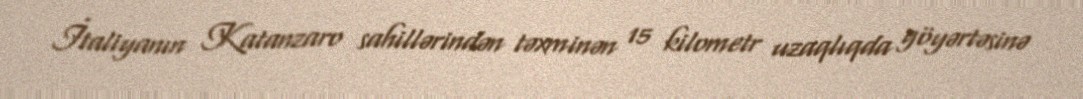
İtaliyanın Katanzaro sahillərindən təxminən 15 kilometr uzaqlıqda göyərtəsinə